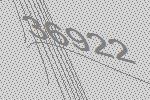
36922